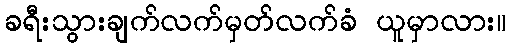
ခရီးသွားချက်လက်မှတ်လက်ခံ ယူမှာလား။